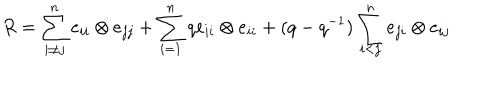
LaTeX: R = \sum _ { i \ne j } ^ { n } e _ { i i } \otimes e _ { j j } + \sum _ { i = 1 } ^ { n } q e _ { i i } \otimes e _ { i i } + ( q - q ^ { - 1 } ) \sum _ { i < j } ^ { n } e _ { j i } \otimes e _ { i j }